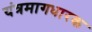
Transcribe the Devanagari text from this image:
यंत्रमागधारक